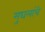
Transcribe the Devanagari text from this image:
मुघलांचे